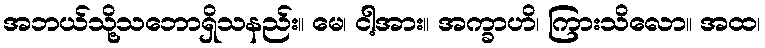
အဘယ်သို့သဘောရှိသနည်း။ မေ၊ ငါ့အား။ အက္ခာဟိ၊ ကြားသိလော။ အထ၊